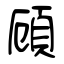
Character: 頋